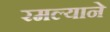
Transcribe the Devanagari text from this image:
रमल्याने